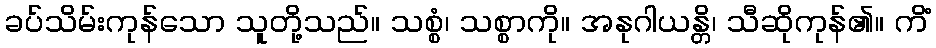
ခပ်သိမ်းကုန်သော သူတို့သည်။ သစ္စံ၊ သစ္စာကို။ အနုဂါယန္တိ၊ သီဆိုကုန်၏။ ကိံ